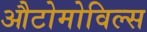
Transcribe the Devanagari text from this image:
औटोमोविल्स